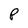
Character: P